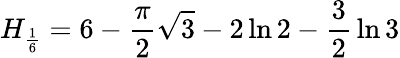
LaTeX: H_{\frac{1}{6}}=6-{\frac{\pi}{2}}{\sqrt{3}}-2\ln{2}-{\frac{3}{2}}\ln{3}